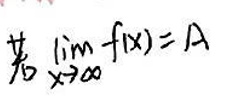
若\(\lim_{x \to \infty} f(x) = A\)